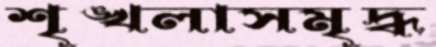
শৃঙ্খলাসমৃদ্ধ